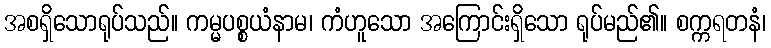
အစရှိသောရုပ်သည်။ ကမ္မပစ္စယံနာမ၊ ကံဟူသော အကြောင်းရှိသော ရုပ်မည်၏။ စက္ကရတနံ၊